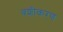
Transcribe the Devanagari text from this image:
बशीकरण